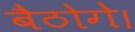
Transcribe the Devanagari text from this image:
बैठोगे।